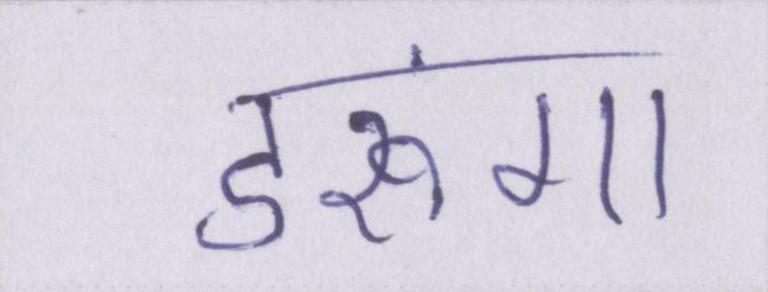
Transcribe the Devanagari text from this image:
डरूंगा